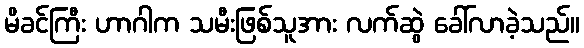
မိခင်ကြီး ဟာဂါက သမီးဖြစ်သူအား လက်ဆွဲ ခေါ်လာခဲ့သည်။